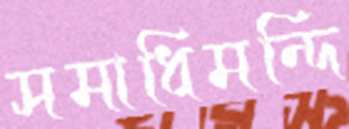
সমাধিমন্দি